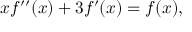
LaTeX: x f ^ { \prime \prime } ( x ) + 3 f ^ { \prime } ( x ) = f ( x ) ,